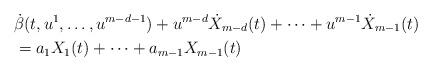
LaTeX: \begin{align*}&\dot{\beta}(t, u^{1}, \dotsc, u^{m-d-1}) + u^{m-d} \dot{X}_{m-d}(t) + \dotsb + u^{m-1} \dot{X}_{m-1}(t)\\&= a_{1} X_{1}(t) + \dotsb + a_{m-1} X_{m-1}(t)\end{align*}